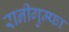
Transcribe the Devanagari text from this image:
रानीगुम्फा